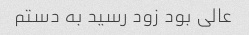
عالى بود زود رسید به دستم